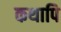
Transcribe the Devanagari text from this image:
कथापि